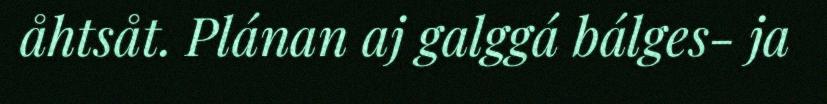
åhtsåt. Plánan aj galggá bálges- ja